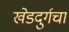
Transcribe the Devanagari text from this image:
खेडदुर्गचा